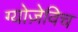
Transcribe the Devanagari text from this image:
ग्योज़ेविच